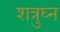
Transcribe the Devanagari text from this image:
शत्रुघ्‍न